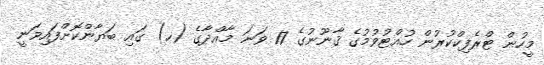
މީހުން ޓްރެފިކްކުރުން ހުއްޓުވުމުގެ ޤާނޫނުގެ 17 ވަނަ މާއްދާގެ (ހ) ގައި ބަޔާންކޮށްފައިވަނީ